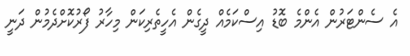
އެ ސެންޓަރުން އެންމެ ބޮޑު އިސްކަމެއް ދީގެން އެހީތެރިކަން މިހާރު ފޯރުކޮށްދެމުން ދަނީ